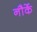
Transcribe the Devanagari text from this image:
नौर्के